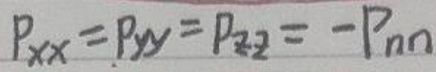
\[
P_{xx} = P_{yy} = P_{zz} = -P_{nn}
\]